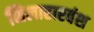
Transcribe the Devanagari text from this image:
शिलाहारवंश